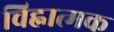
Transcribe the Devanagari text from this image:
चिह्नात्मक